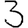
Digit: 3